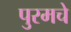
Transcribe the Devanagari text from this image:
पुरमचे